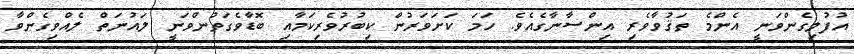
އުފުލިގެންވަނީ އެންމެ ތަޤުވާވެރި އިންސާނާގެއެވެ. ހަމަ ކަށަވަރުން ކިބުރުވެރިކަމާއި ބޮޑާވެގަތުންވަނީ ލައުނަތް ލެއްވިގެންވާ